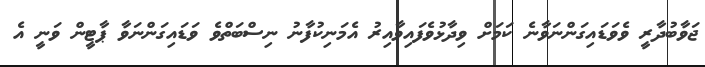
ޖަވާބުދާރީ ވެވަޑައިގަންނަވާނެ ކަމަށް ވިދާޅުވެފައިވާއިރު އެމަނިކުފާނު ނިސްބަތްވެ ވަޑައިގަންނަވާ ޕާޓީން ވަނީ އެ